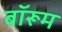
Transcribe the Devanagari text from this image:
बॉरूम